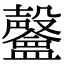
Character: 𣫨